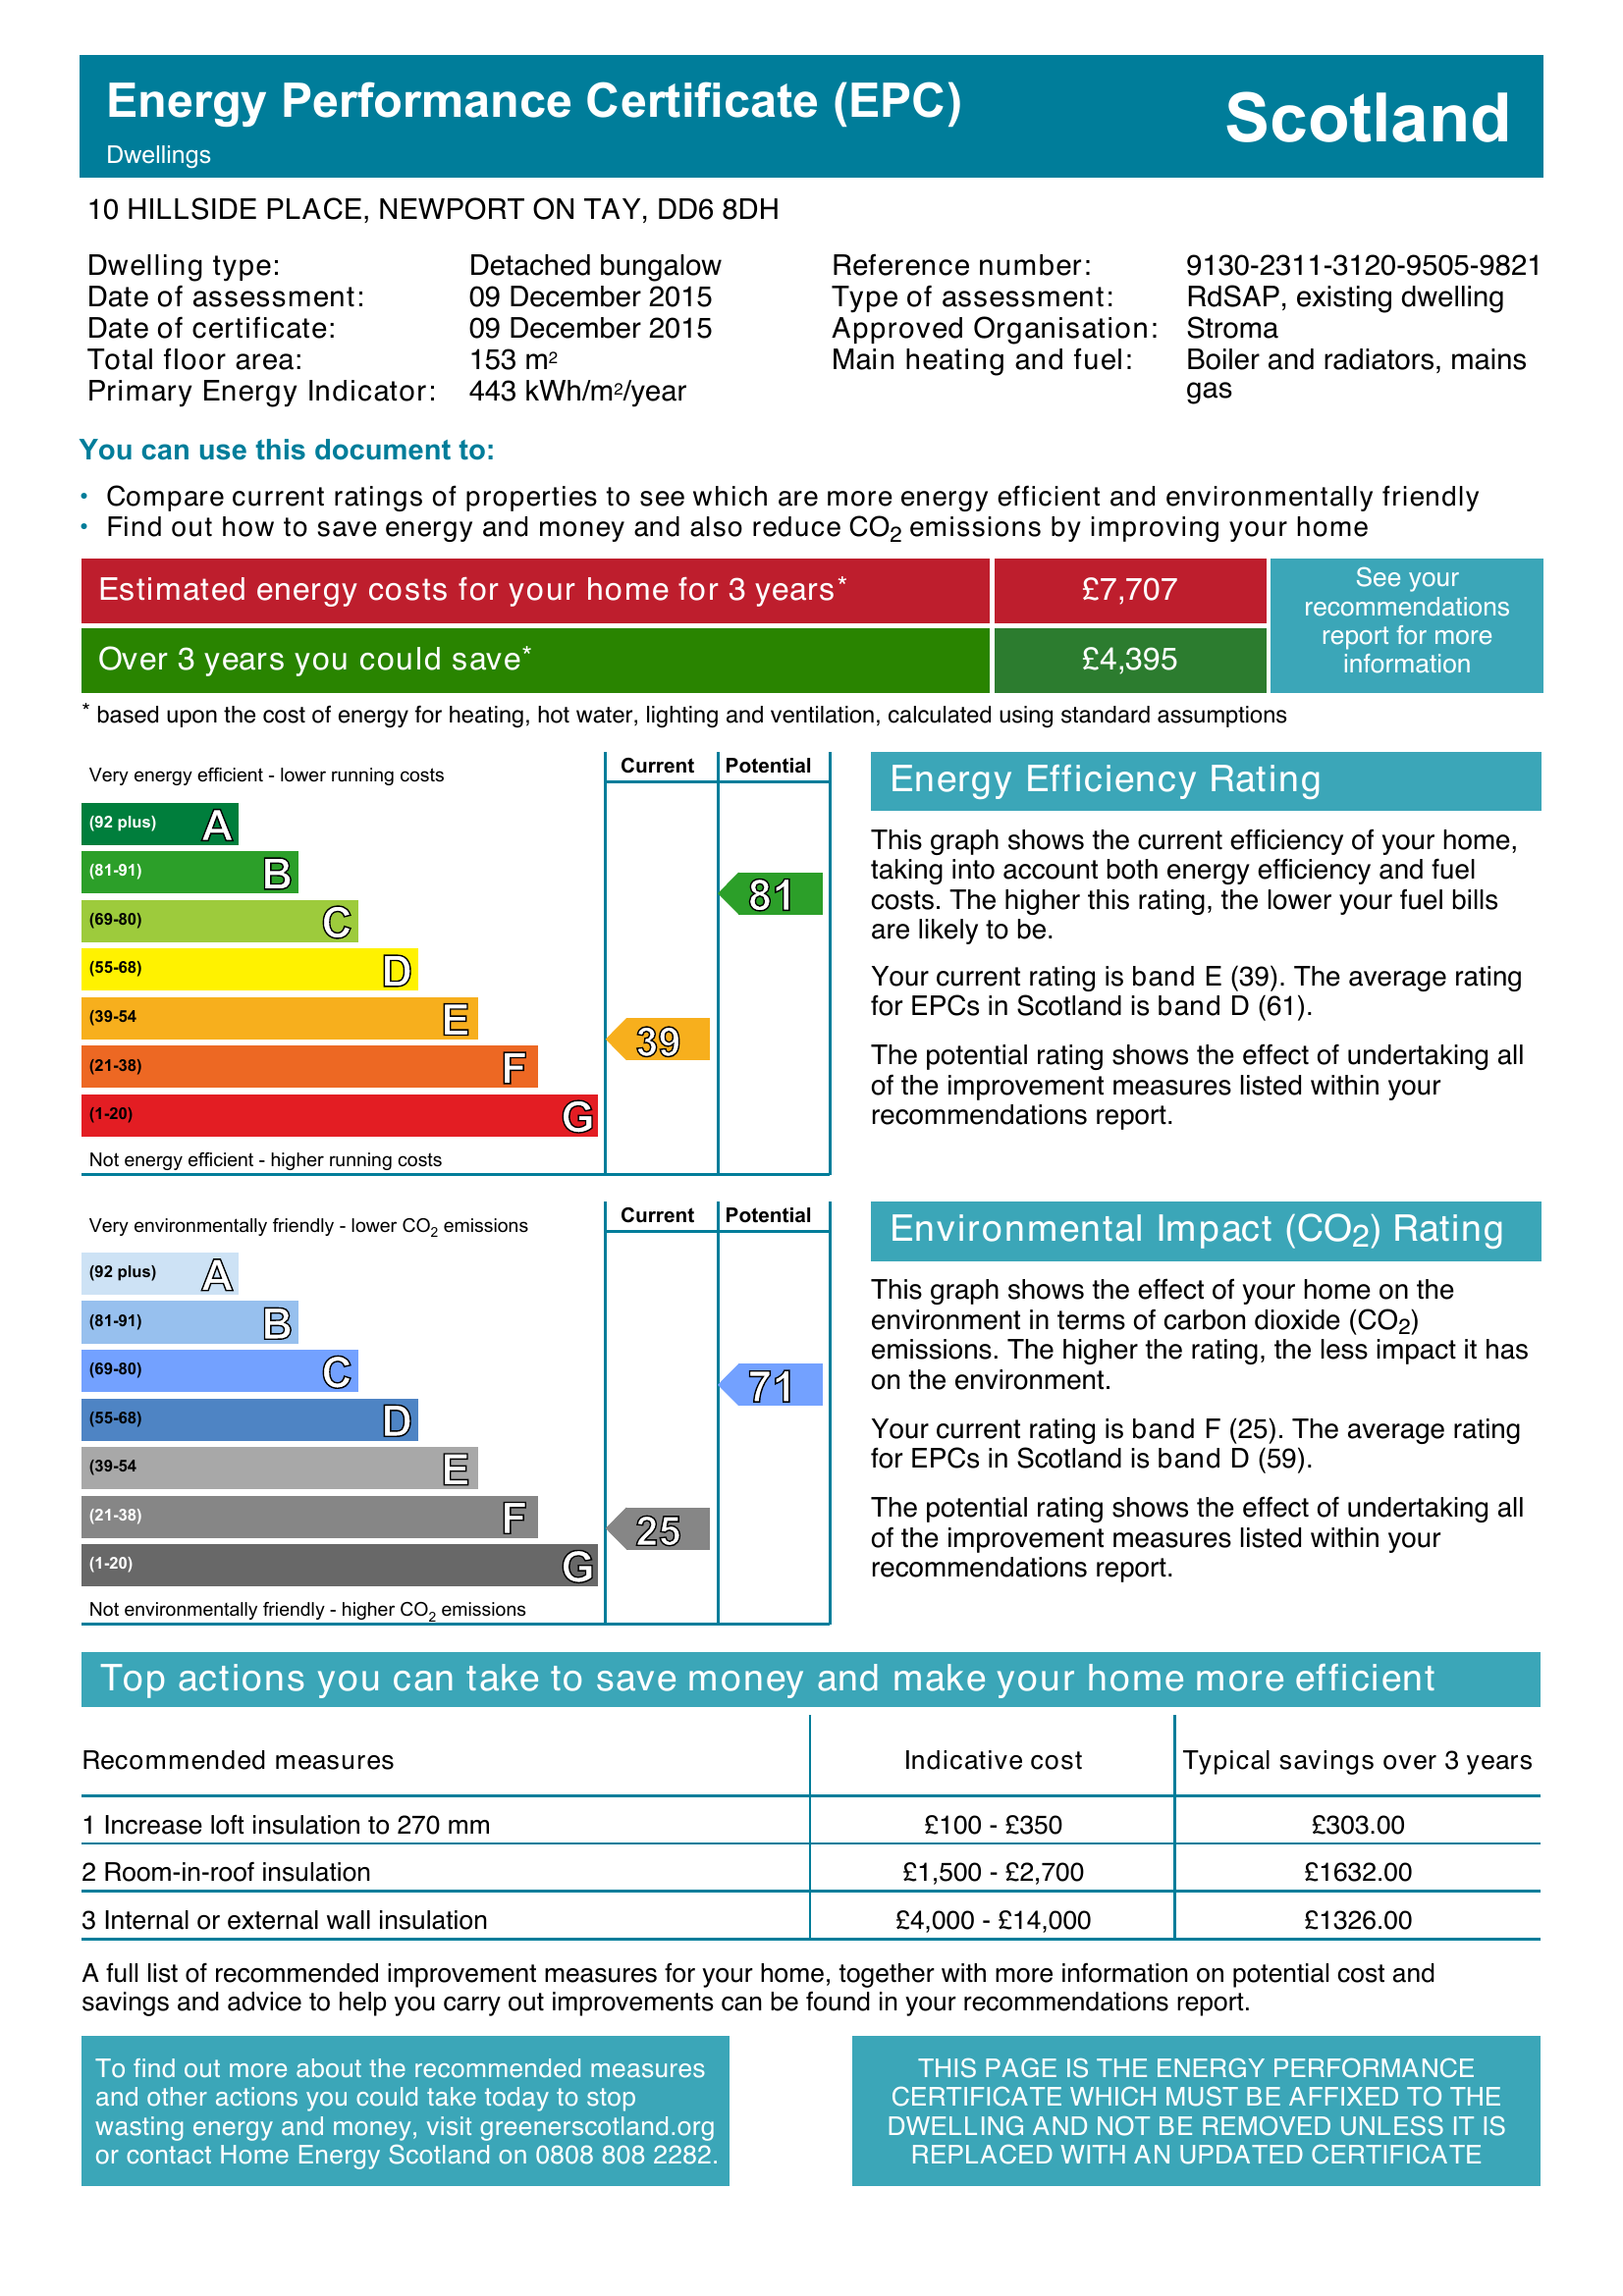
Current energy efficiency rating: E (score 39)
Potential energy efficiency rating: B (score 81)
Current environmental impact (CO2) rating: F (score 25)
Potential environmental impact (CO2) rating: C (score 71)